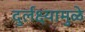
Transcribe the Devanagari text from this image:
दुर्लक्ष्यामुळे